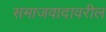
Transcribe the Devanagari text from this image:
समाजवादावरील